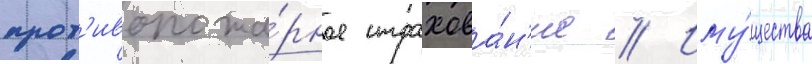
прот'ивопожа́рное страхова́н'ие // Иму́щества